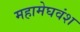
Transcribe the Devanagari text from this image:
महामेघवंश